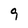
Character: 9